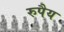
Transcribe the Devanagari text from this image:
रुपैय